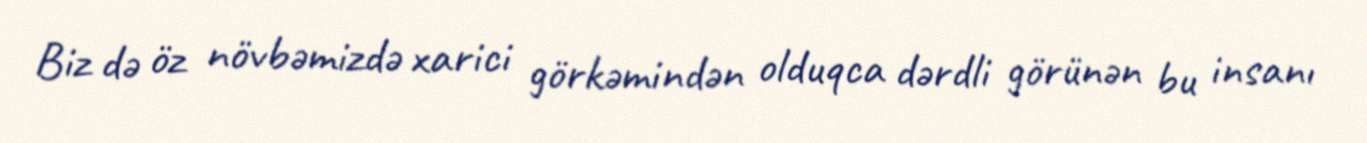
Biz də öz növbəmizdə xarici görkəmindən olduqca dərdli görünən bu insanı